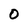
Character: 0